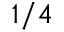
1 / 4